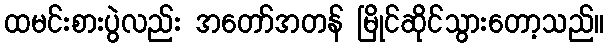
ထမင်းစားပွဲလည်း အတော်အတန် မြိုင်ဆိုင်သွားတော့သည်။